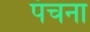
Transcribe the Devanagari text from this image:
पंचना